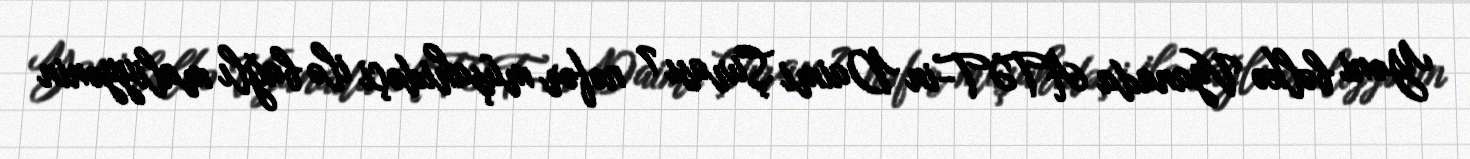
Yəni bəlkə Vyanada ATƏT-in Daimi Şurası 7 nəfər müşahidəçi ilə bağlı maliyyənin